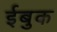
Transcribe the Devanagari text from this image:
ईबुक